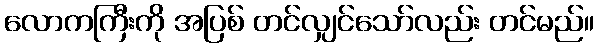
လောကကြီးကို အပြစ် တင်လျှင်သော်လည်း တင်မည်။